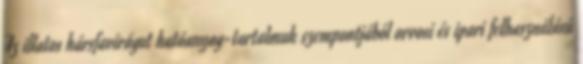
Az illatos hársfavirágot hatóanyag-tartalmuk szempontjából orvosi és ipari felhasználású